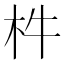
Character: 㭌